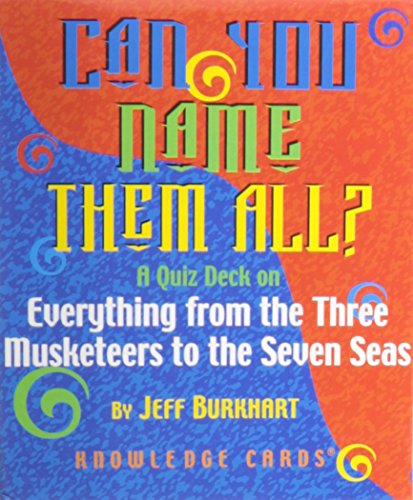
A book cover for Can You Name Them All? Everything from the Three Musketeers to the Seven Seas Knowledge Cards Deck; Pomegranate; Humor & Entertainment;